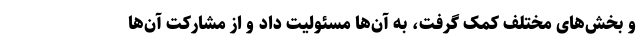
و بخش‌های مختلف کمک گرفت، به آن‌ها مسئولیت داد و از مشارکت آن‌ها